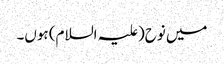
میں نوح(علیہ السلام) ہوں۔